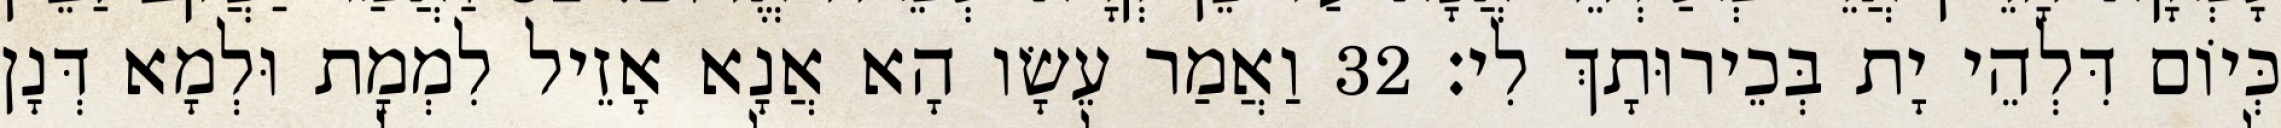
כְּיוֹם דִּלְהֵי יָת בְּכֵירוּתָךְ לִי׃ 32 וַאֲמַר עֵשָׂו הָא אֲנָא אָזֵיל לִמְמָת וּלְמָא דְּנָן